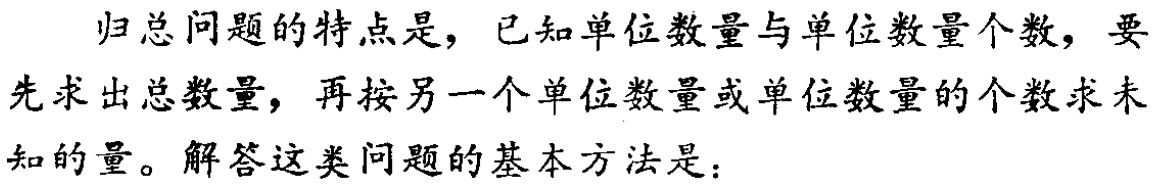
归总问题的特点是，已知单位数量与单位数量个数，要先求出总数量，再按另一个单位数量或单位数量的个数求未知的量。解答这类问题的基本方法是：